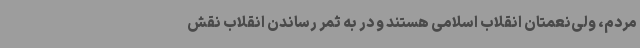
مردم، ولی‌نعمتان انقلاب اسلامی هستند و در به ثمر رساندن انقلاب نقش